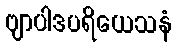
ဗျာပါဒပရိယေသနံ